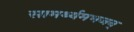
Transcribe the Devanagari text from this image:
सामर्थ्यमभजन्